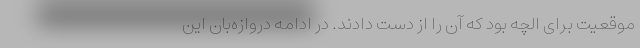
موقعیت برای الچه بود که آن را از دست دادند. در ادامه دروازه‌بان این